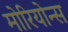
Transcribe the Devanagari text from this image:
मोरियोन्स